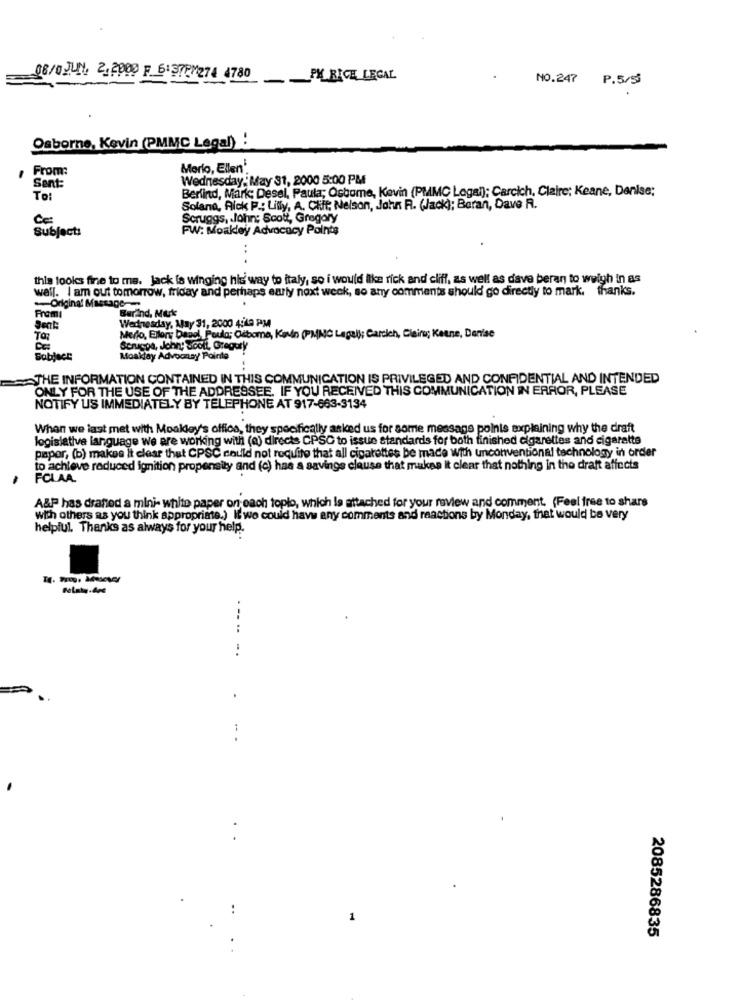
08/0 JUN. 2.2000 F 6:37PM274 4780
PY_RICH LEGAL
NO.247 P.5/5
Osborne, Kevin (PMMC Legal) :
From:
Merio, Ellen'.
Sent:
Wednesday, May 31, 2000 5:00 PM
Berlind, Mark; Desel, Paula; Oshome, Kevin (PMMC Legal); Carcich, Claire; Keane, Denise;
To:
Solano, Rick P .: Litty, A. Cliff Nelson, John R. (Jack); Beran, Dave R.
CE
Scruggs, John: Scott, Gregory
Subject:
FW: Moakley Advocacy Points
..
this looks fine to me. Jack fs winging his way to italy, so i would like rick and cliff, as well as dave beran to weigh in as
wall. I am out tomorrow, friday and perhaps early next week, so any comments should go directly to mark. thanks.
-Original Message-
Fromı
Serind, Nurk
Wednesday, May 31, 2000 4:48 PM
Medio, Ellery Dabol, Paula; Odboma, Kanin (PMNO Legal); Carich, Claire; Ketne, Denise
Scruppa, John; Sooil, Gregory
sobject
Moaklay Advoonay Pointe
THE INFORMATION CONTAINED IN THIS COMMUNICATION IS PRIVILEGED AND CONFIDENTIAL AND INTENDED
ONLY FOR THE USE OF THE ADDRESSEE. IF YOU RECEIVED THIS COMMUNICATION IN ERROR, PLEASE
NOTIFY US IMMEDIATELY BY TELEPHONE AT 917-663-3134
When we last met with Moakley's offics, they specifically asked us for some message points explaining why the draft
legislative language we are working with (a) directs CPSC to issue standards for both finished cigarettes and cigarette
papor, (b) makes it clear that CPSC could not require that all cigarettes be made with unconventional technology in order
to achieve reduced ignition propensity and (o) has a savings clause that makes It clear that nothing in the draft affects
FCLAA.
A&P has drafted a mini- white paper on each toplo, which le attached for your review and comment. (Feel free to share
with others as you think appropriate.) If we could have any comments and reactions by Monday, that would be very
helpful. Thanks as always for your help.
.-- -
1
2085286835